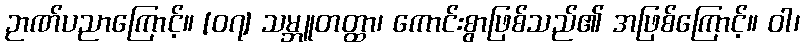
ဉာဏ်ပညာကြောင့်။ [၀၇] သမ္ဘူတတ္ထာ၊ ကောင်းစွာဖြစ်သည်၏ အဖြစ်ကြောင့်။ ဝါ၊